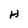
Character: H